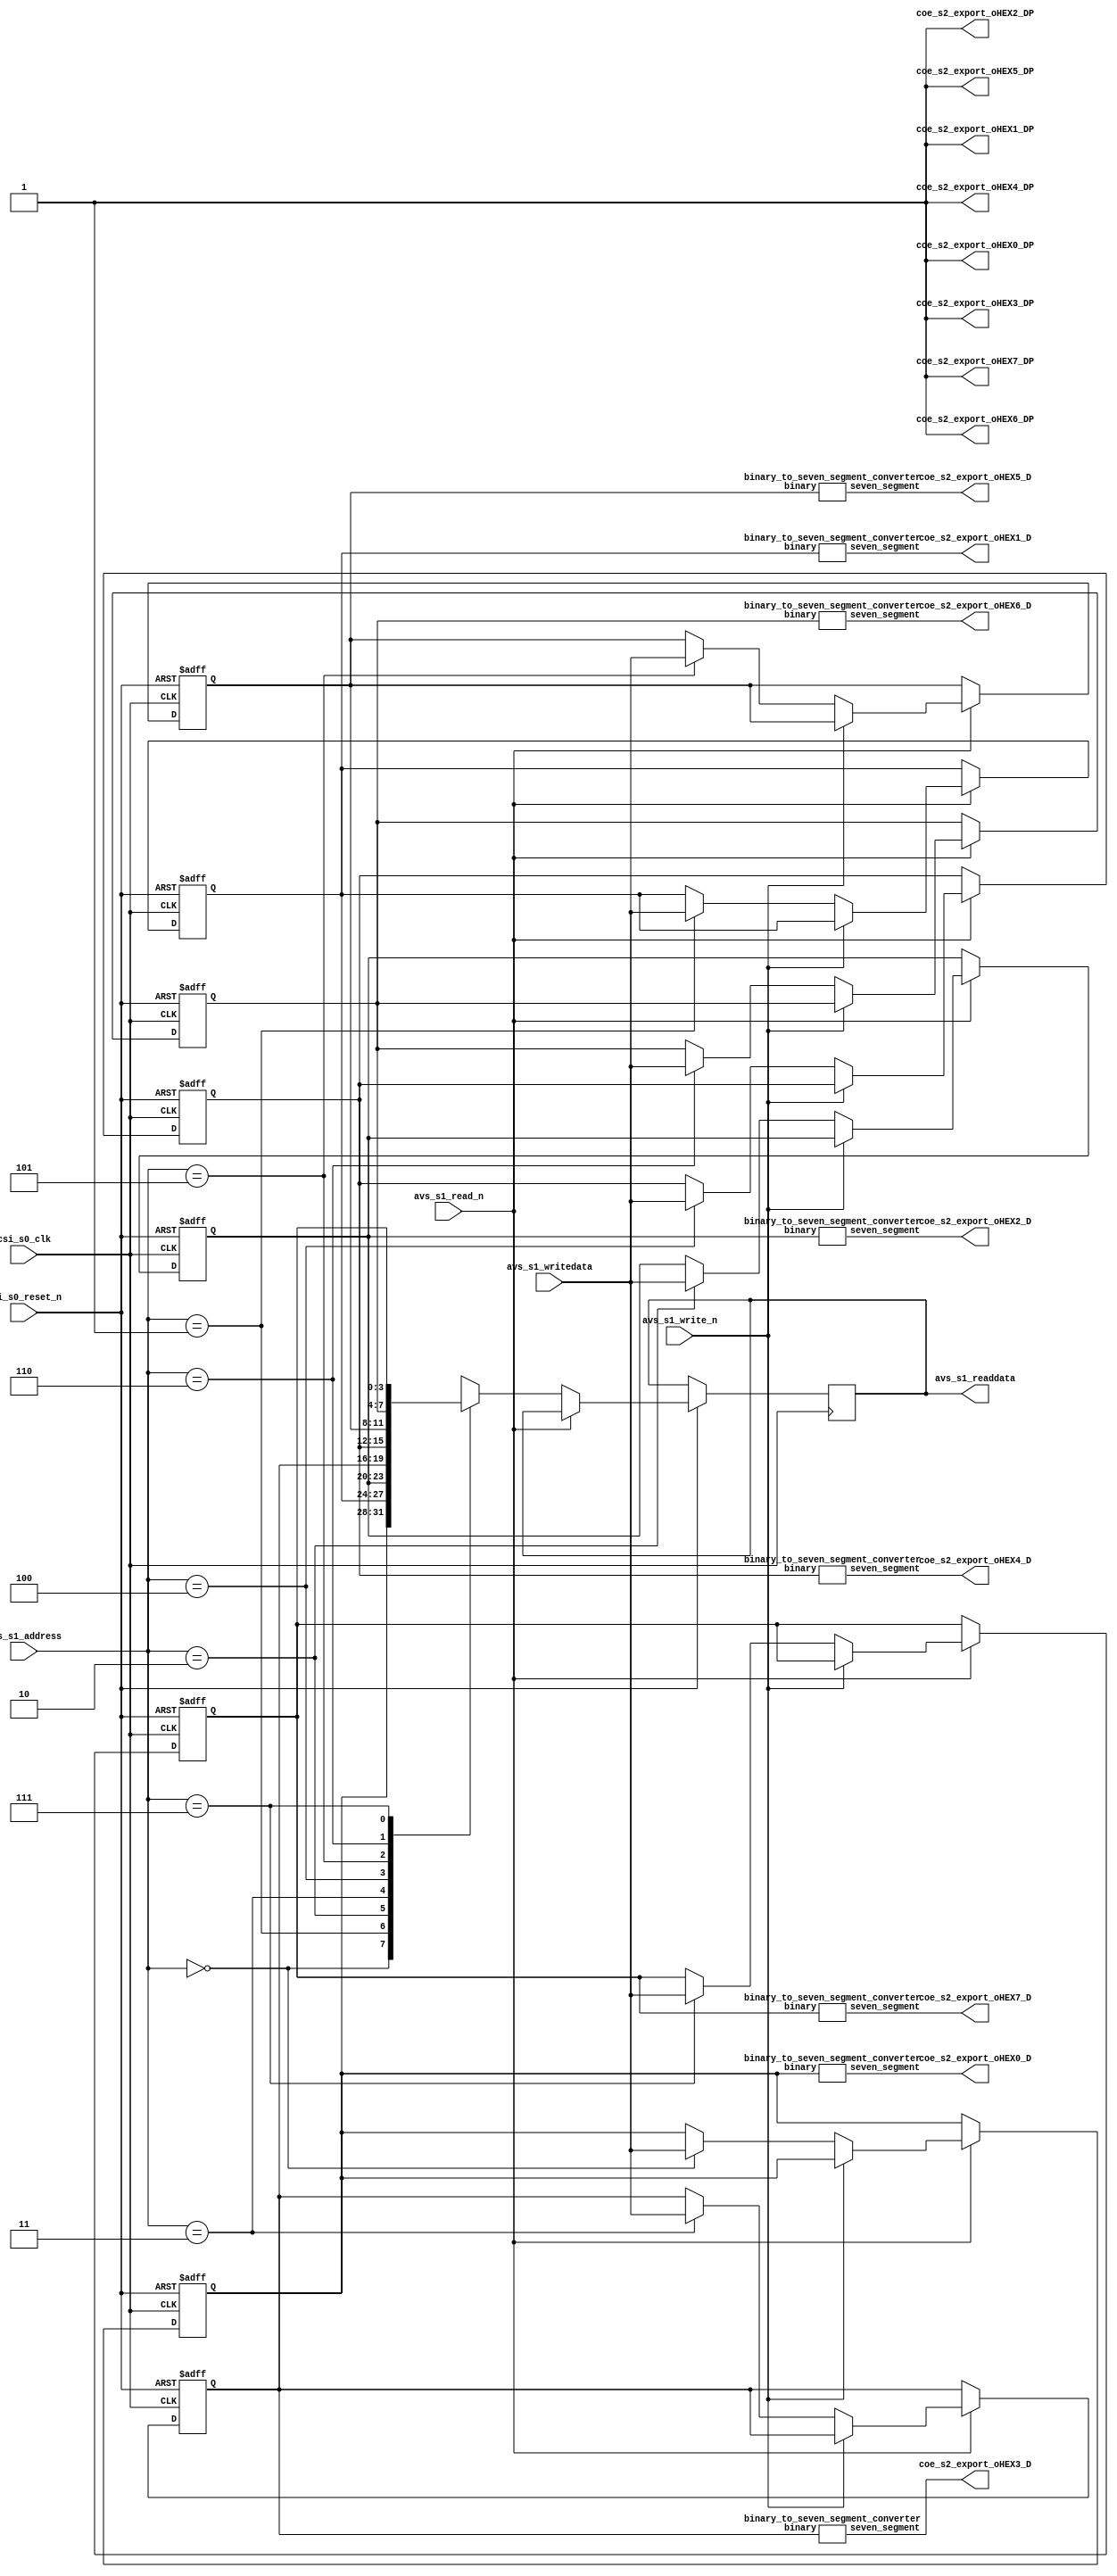
module seg7 (

	// Define "s0" as "Clock Input"
	input csi_s0_clk,
	input csi_s0_reset_n,

	// Define "s1" as "Avalon Memory Mapped Slave"
	input avs_s1_write_n,
	input avs_s1_read_n,
	input [2:0] avs_s1_address,
	input [3:0] avs_s1_writedata,
	output reg [3:0] avs_s1_readdata,

	// Define "s2" as "Conduit"
	output [6:0] coe_s2_export_oHEX0_D,
	output [6:0] coe_s2_export_oHEX1_D,
	output [6:0] coe_s2_export_oHEX2_D,
	output [6:0] coe_s2_export_oHEX3_D,
	output [6:0] coe_s2_export_oHEX4_D,
	output [6:0] coe_s2_export_oHEX5_D,
	output [6:0] coe_s2_export_oHEX6_D,
	output [6:0] coe_s2_export_oHEX7_D,
	output coe_s2_export_oHEX7_DP,
	output coe_s2_export_oHEX0_DP,
	output coe_s2_export_oHEX1_DP,
	output coe_s2_export_oHEX2_DP,
	output coe_s2_export_oHEX3_DP,
	output coe_s2_export_oHEX4_DP,
	output coe_s2_export_oHEX5_DP,
	output coe_s2_export_oHEX6_DP
);

	// Create interface registers
	reg [3:0] num0;
	reg [3:0] num1;
	reg [3:0] num2;
	reg [3:0] num3;
	reg [3:0] num4;
	reg [3:0] num5;
	reg [3:0] num6;
	reg [3:0] num7;

	// Read or write interface registers according to Avalon-MM interface
	always @ (posedge csi_s0_clk or negedge csi_s0_reset_n) begin
		if (csi_s0_reset_n == 1'b0) begin
			num0 <= 4'b0000;
			num1 <= 4'b0000;
			num2 <= 4'b0000;
			num3 <= 4'b0000;
			num4 <= 4'b0000;
			num5 <= 4'b0000;
			num6 <= 4'b0000;
			num7 <= 4'b0000;
		end else if (avs_s1_read_n == 1'b0) begin
			case (avs_s1_address)
				3'b000: avs_s1_readdata <= num0;
				3'b001: avs_s1_readdata <= num1;
				3'b010: avs_s1_readdata <= num2;
				3'b011: avs_s1_readdata <= num3;
				3'b100: avs_s1_readdata <= num4;
				3'b101: avs_s1_readdata <= num5;
				3'b110: avs_s1_readdata <= num6;
				3'b111: avs_s1_readdata <= num7;
			endcase
		end else if (avs_s1_write_n == 1'b0) begin
			case (avs_s1_address)
				3'b000: num0 <= avs_s1_writedata;
				3'b001: num1 <= avs_s1_writedata;
				3'b010: num2 <= avs_s1_writedata;
				3'b011: num3 <= avs_s1_writedata;
				3'b100: num4 <= avs_s1_writedata;
				3'b101: num5 <= avs_s1_writedata;
				3'b110: num6 <= avs_s1_writedata;
				3'b111: num7 <= avs_s1_writedata;
			endcase
		end
	end

	// Convert binary codes to seven segment codes
	binary_to_seven_segment_converter u0(.seven_segment(coe_s2_export_oHEX0_D), .binary(num0));
	binary_to_seven_segment_converter u1(.seven_segment(coe_s2_export_oHEX1_D), .binary(num1));
	binary_to_seven_segment_converter u2(.seven_segment(coe_s2_export_oHEX2_D), .binary(num2));
	binary_to_seven_segment_converter u3(.seven_segment(coe_s2_export_oHEX3_D), .binary(num3));
	binary_to_seven_segment_converter u4(.seven_segment(coe_s2_export_oHEX4_D), .binary(num4));
	binary_to_seven_segment_converter u5(.seven_segment(coe_s2_export_oHEX5_D), .binary(num5));
	binary_to_seven_segment_converter u6(.seven_segment(coe_s2_export_oHEX6_D), .binary(num6));
	binary_to_seven_segment_converter u7(.seven_segment(coe_s2_export_oHEX7_D), .binary(num7));

	// Turn off all decimal point
	assign coe_s2_export_oHEX0_DP = 1'b1;
	assign coe_s2_export_oHEX1_DP = 1'b1;
	assign coe_s2_export_oHEX2_DP = 1'b1;
	assign coe_s2_export_oHEX3_DP = 1'b1;
	assign coe_s2_export_oHEX4_DP = 1'b1;
	assign coe_s2_export_oHEX5_DP = 1'b1;
	assign coe_s2_export_oHEX6_DP = 1'b1;
	assign coe_s2_export_oHEX7_DP = 1'b1;
endmodule

module binary_to_seven_segment_converter (
	output reg [6:0] seven_segment,
	input [3:0] binary
);
	always @ (binary) begin
		case (binary)
			4'b0000: seven_segment <= 7'b1000000;
			4'b0001: seven_segment <= 7'b1111001;
			4'b0010: seven_segment <= 7'b0100100;
			4'b0011: seven_segment <= 7'b0110000;
			4'b0100: seven_segment <= 7'b0011001;
			4'b0101: seven_segment <= 7'b0010010;
			4'b0110: seven_segment <= 7'b0000010;
			4'b0111: seven_segment <= 7'b1111000;
			4'b1000: seven_segment <= 7'b0000000;
			4'b1001: seven_segment <= 7'b0010000;
			4'b1010: seven_segment <= 7'b0001000;
			4'b1011: seven_segment <= 7'b0000011;
			4'b1100: seven_segment <= 7'b1000110;
			4'b1101: seven_segment <= 7'b0100001;
			4'b1110: seven_segment <= 7'b0000110;
			default: seven_segment <= 7'b0001110;
		endcase
	end
endmodule